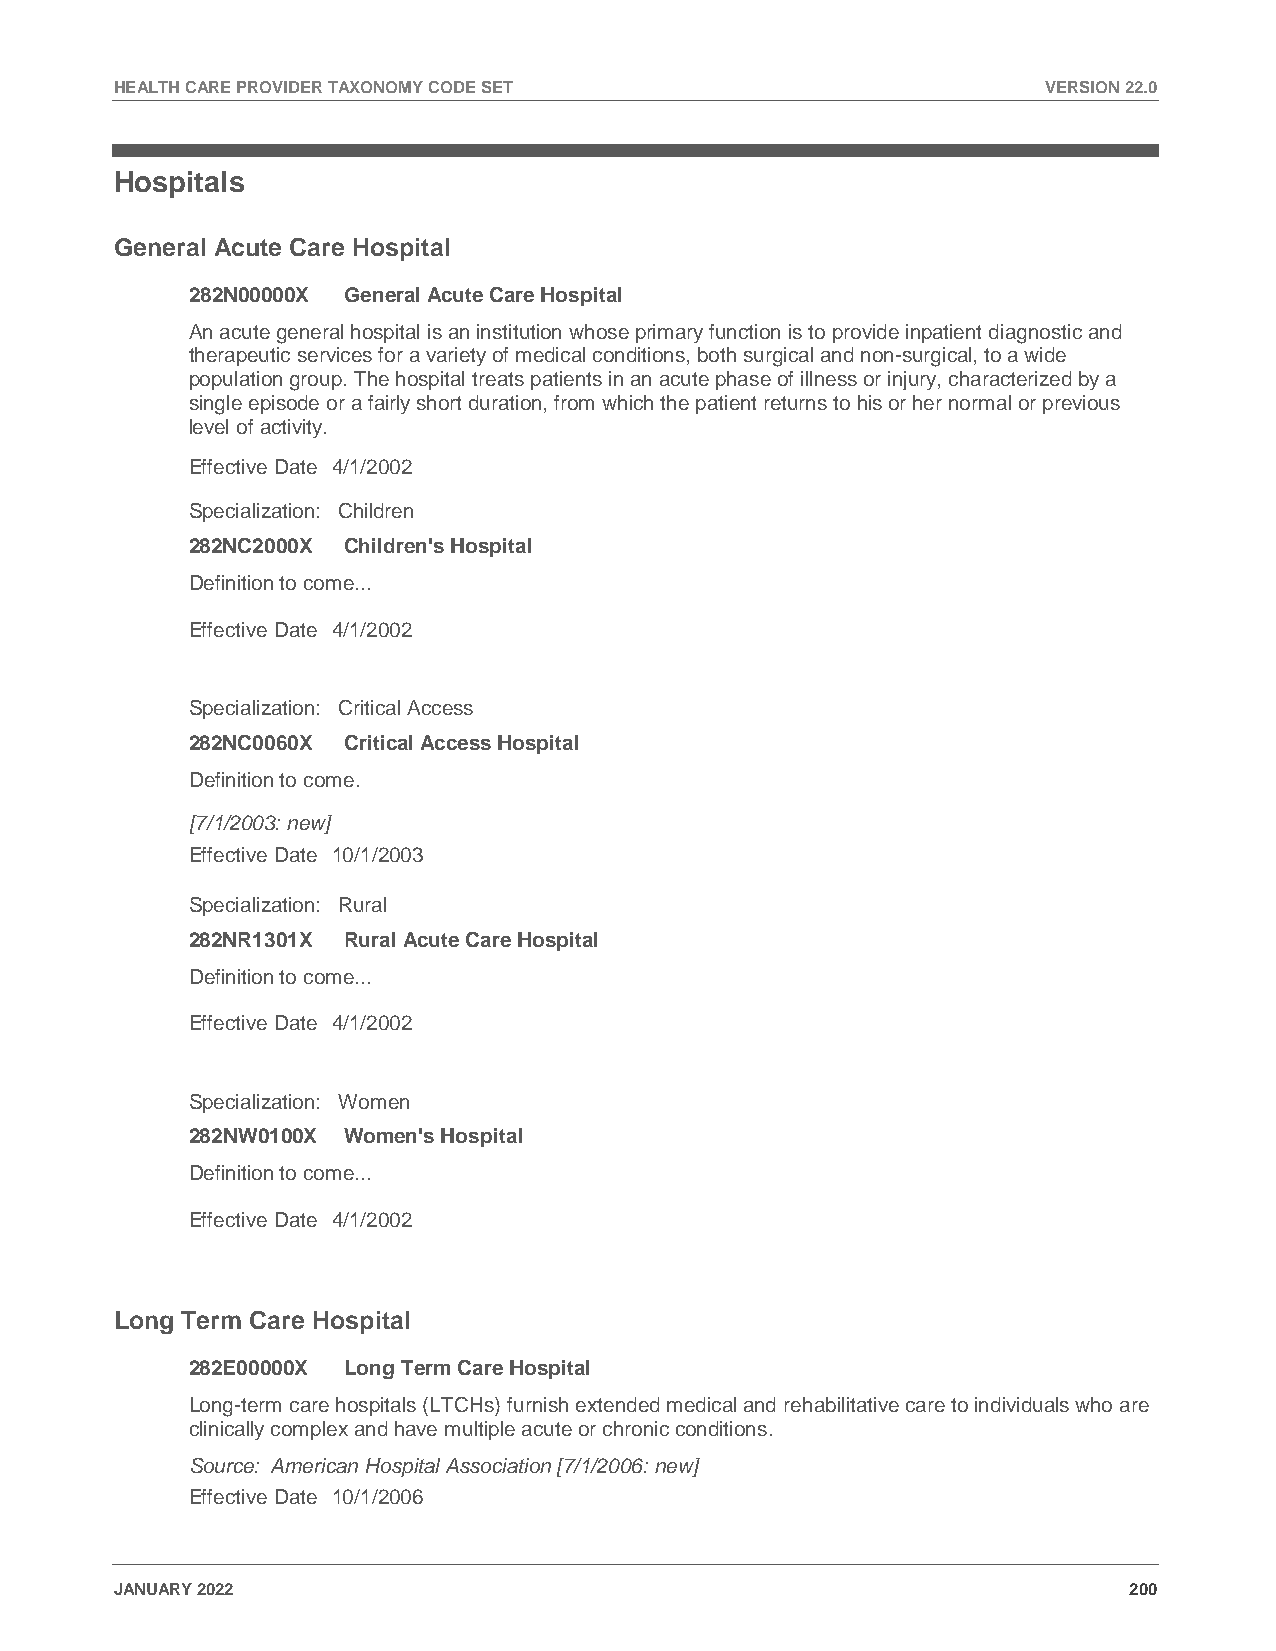
HEALTH CARE PROVIDER TAXONOMY CODE SET                       VERSION 22.0
 Hospitals
 General Acute Care Hospital
 282N00000X General Acute Care Hospital
 An acute general hospital is an institution whose primary function is to provide inpatient diagnostic and
 therapeutic services for a variety of medical conditions, both surgical and non-surgical, to a wide
 population group. The hospital treats patients in an acute phase of illness or injury, characterized by a
 single episode or a fairly short duration, from which the patient returns to his or her normal or previous
 level of activity.
 Effective Date 4/1/2002
 Specialization: Children
 282NC2000X Children's Hospital
 Definition to come...
 Effective Date 4/1/2002
 Specialization: Critical Access
 282NC0060X Critical Access Hospital
 Definition to come.
 [7/1/2003: new]
 Effective Date 10/1/2003
 Specialization: Rural
 282NR1301X Rural Acute Care Hospital
 Definition to come...
 Effective Date 4/1/2002
 Specialization: Women
 282NW0100X Women's Hospital
 Definition to come...
 Effective Date 4/1/2002
 Long Term Care Hospital
 282E00000X Long Term Care Hospital
 Long-term care hospitals (LTCHs) furnish extended medical and rehabilitative care to individuals who are
 clinically complex and have multiple acute or chronic conditions.
 Source: American Hospital Association [7/1/2006: new]
 Effective Date 10/1/2006
 JANUARY 2022                                                       200